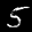
Label: 5